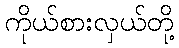
ကိုယ်စားလှယ်တို့